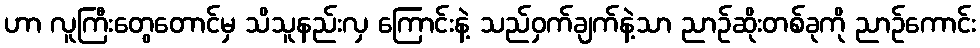
ဟာ လူကြီးတွေတောင်မှ သိသူနည်းလှ ကြောင်းနဲ့ သည်ဝှက်ချက်နဲ့သာ ညာဉ်ဆိုးတစ်ခုကို ညာဉ်ကောင်း